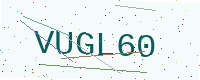
Text: VUGL60